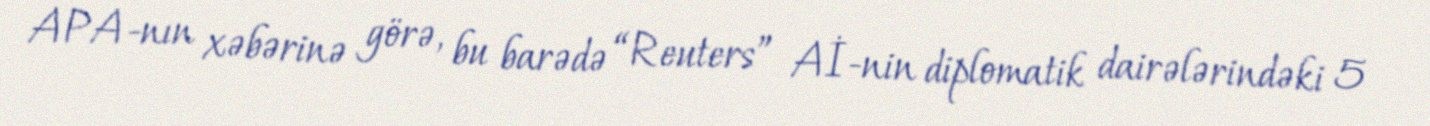
APA-nın xəbərinə görə, bu barədə “Reuters” Aİ-nin diplomatik dairələrindəki 5